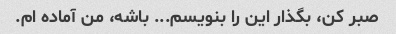
صبر کن، بگذار این را بنویسم... باشه، من آماده ام.